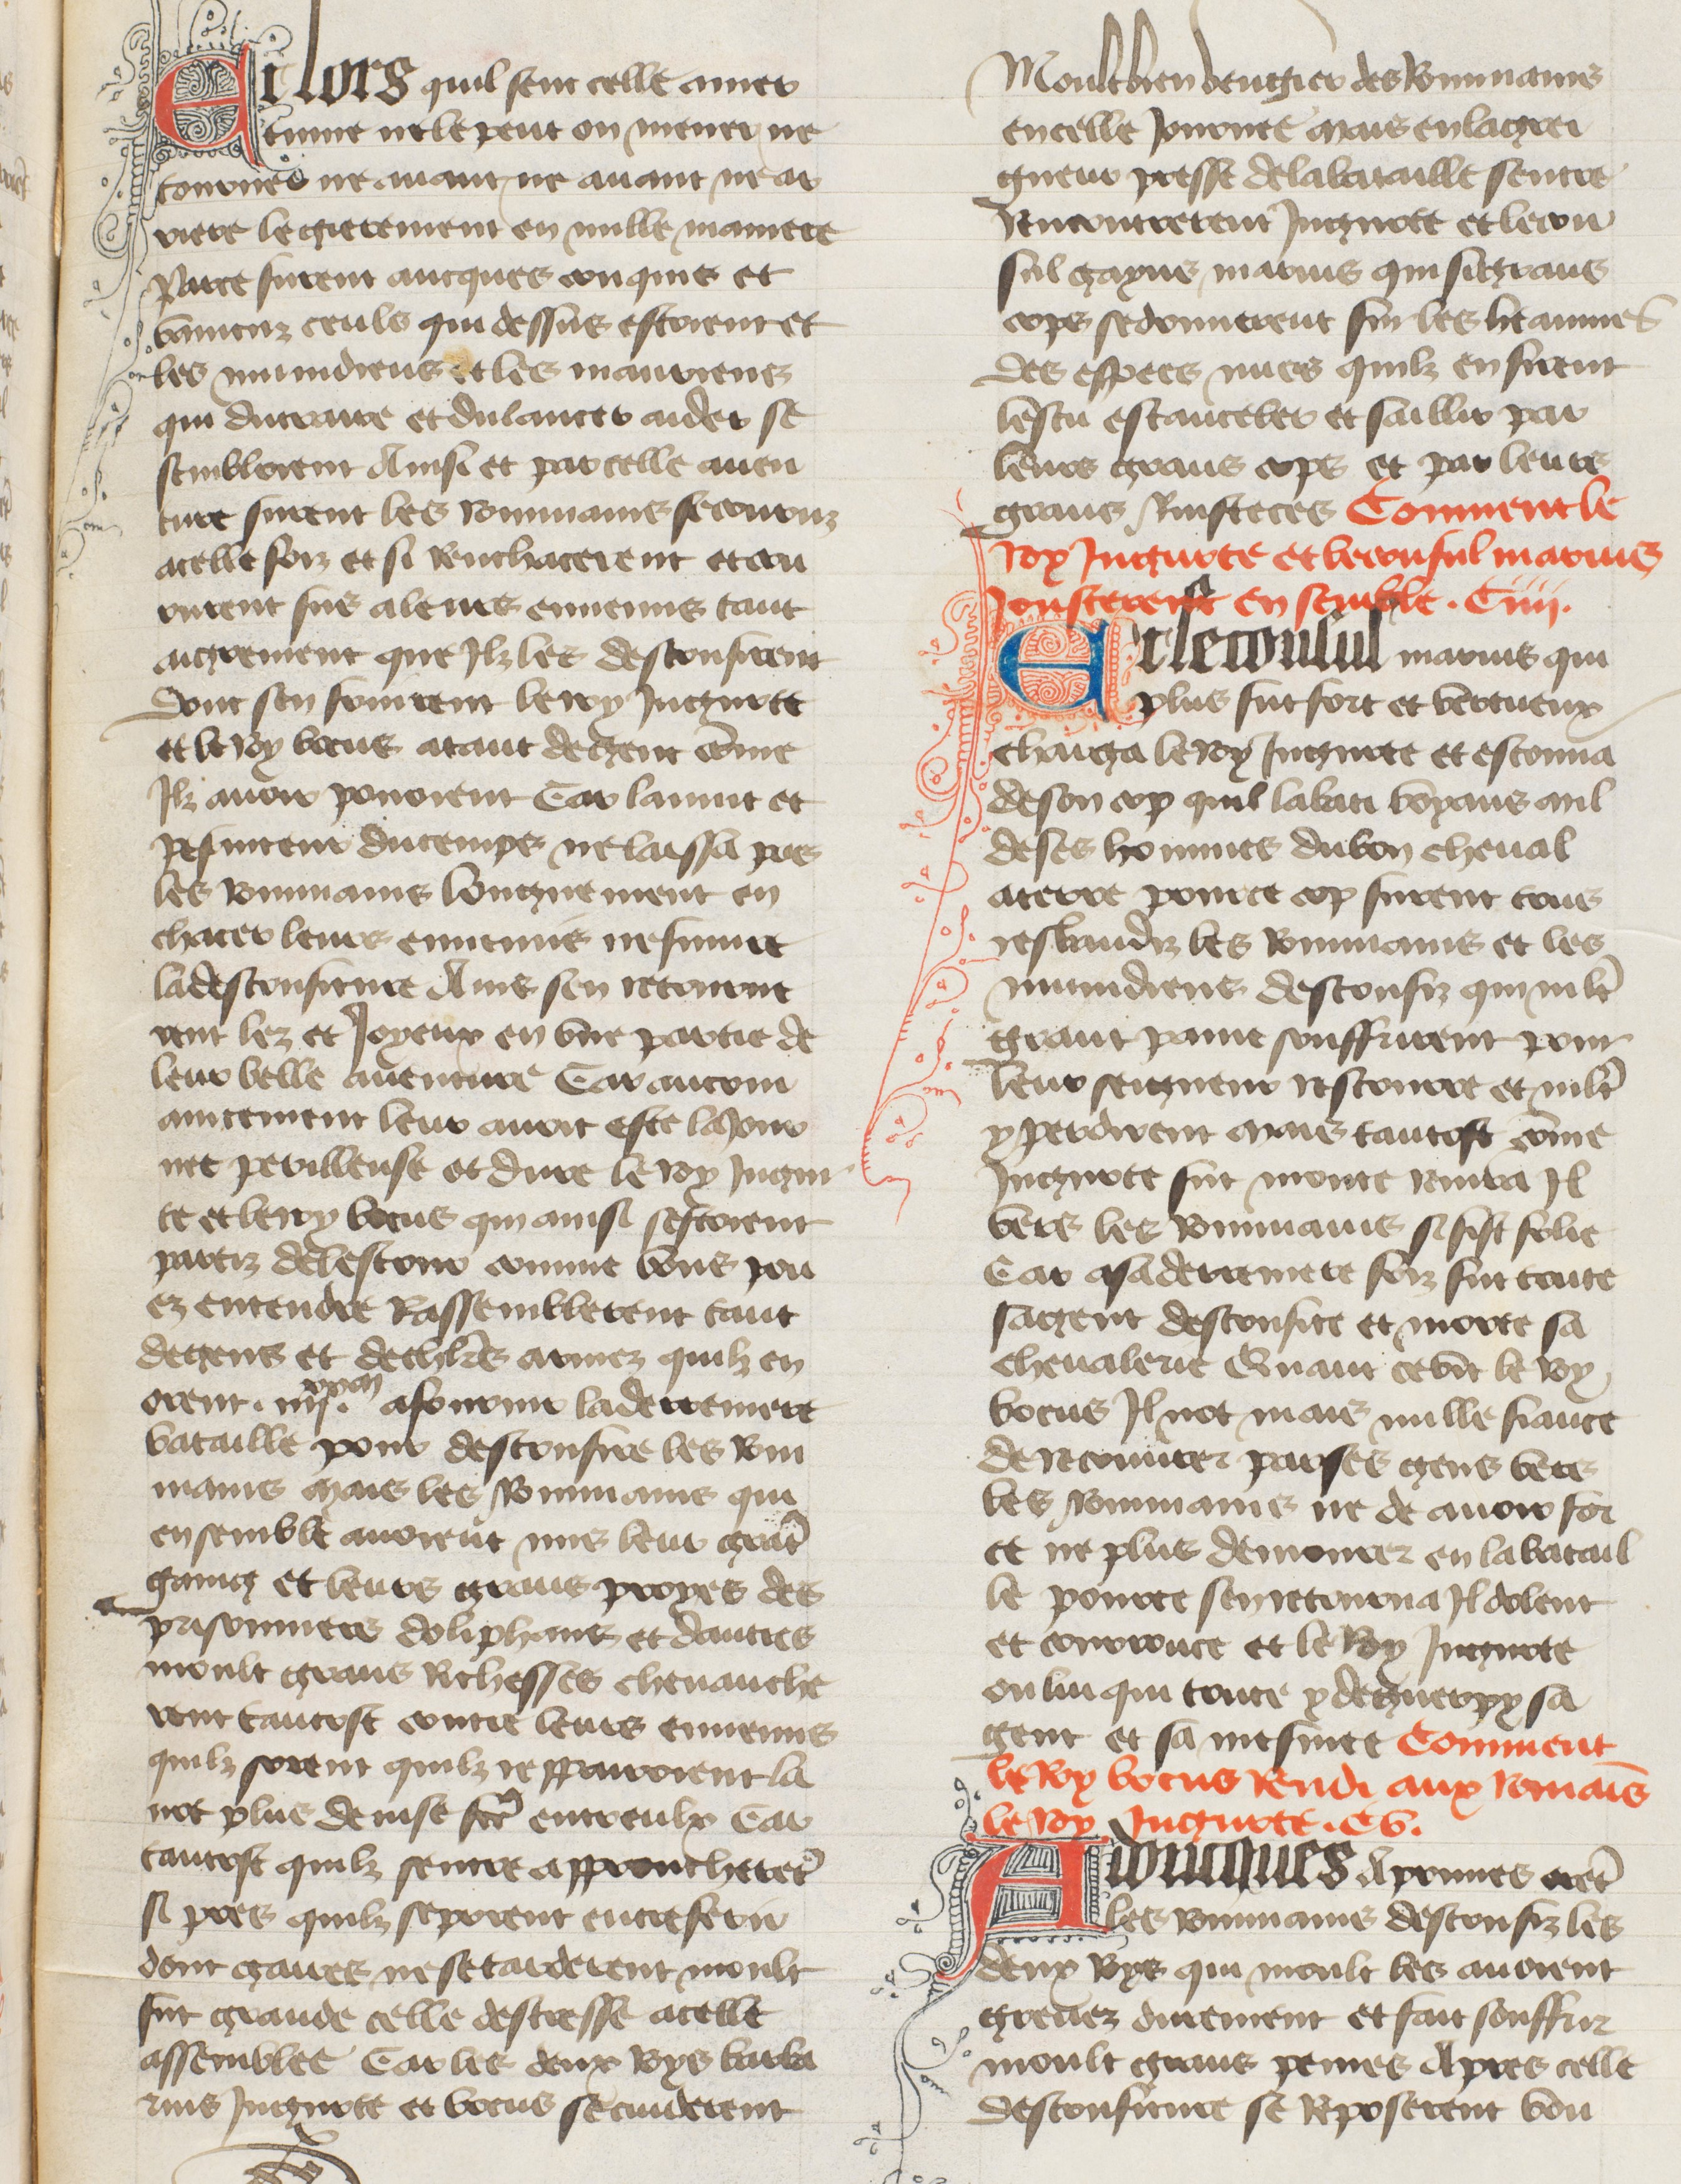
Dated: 1400–1449